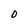
Character: 0